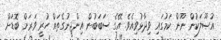
އުޞޫލަކުން ނޫން ކަމުގައި ވިދާޅުވިއެވެ. އޭގެ ސަބަބުން އިންޖީނުގެތައް ހުރީ ވަރަށް ބޮޑަށް